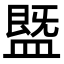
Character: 䀈